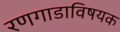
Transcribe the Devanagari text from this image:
रणगाडाविषयक